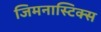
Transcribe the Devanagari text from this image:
जिमनास्टिक्‍स